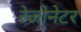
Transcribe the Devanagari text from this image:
रेजोनेटर